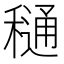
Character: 𮃫